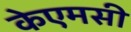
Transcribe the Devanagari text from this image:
केएमसी